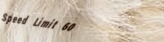
Speed Limit 60